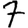
Digit: 7